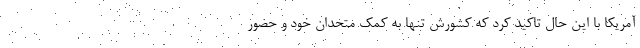
آمریکا با این حال تاکید کرد که کشورش تنها به کمک متحدان خود و حضور